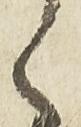
之